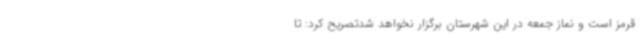
قرمز است و نماز جمعه در این شهرستان برگزار نخواهد شدتصریح کرد: تا